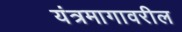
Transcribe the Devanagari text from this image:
यंत्रमागावरील